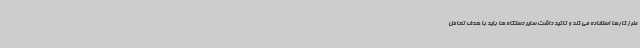
طرز کارها استفاده می کند و تاکید داشت سایر دستگاه ها باید با هدف تعامل